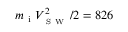
m _ { \mathrm { ~ i ~ } } V _ { _ { \mathrm { ~ S ~ W ~ } } } ^ { 2 } / 2 = 8 2 6